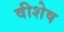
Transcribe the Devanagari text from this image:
वीशेष